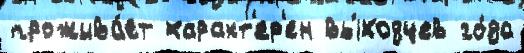
прожива́ет характ'ер'ен вы́ходцев го́да